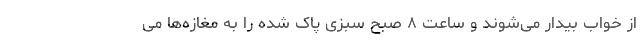
از خواب بیدار می‌شوند و ساعت ۸ صبح سبزی پاک شده را به مغازه‌ها می